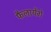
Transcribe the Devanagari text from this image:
फैलायेंगे